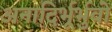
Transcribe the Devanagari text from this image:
अनादिर्भूर्भुवो